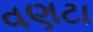
વણટા